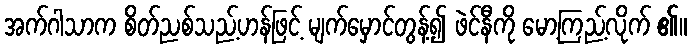
အက်ဂါသာက စိတ်ညစ်သည့်ဟန်ဖြင့် မျက်မှောင်တွန့်၍ ဖဲင်နီကို မော့ကြည့်လိုက် ၏။